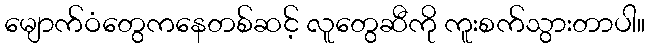
မျောက်ဝံတွေကနေတစ်ဆင့် လူတွေဆီကို ကူးစက်သွားတာပါ။